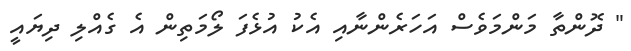
" ދޮންތާ މަންމަވެސް އަހަރެންނާއި އެކު އުޅެފަ ލޯމަތިން އެ ގެއްލި ދިޔައީ